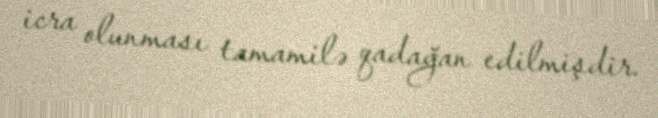
icra olunması tamamilə qadağan edilmişdir.